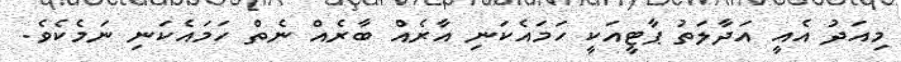
މިއަދު އެއީ އަދާލަތު ޕާޓީއަކީ ހަމައެކަނި އާރެއް ބާރެއް ނެތް ހަމައެކަނި ނަމެކެވެ.